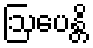
ဩပေန္တိ